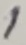
Text: 1